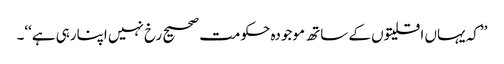
’’کہ یہاں اقلیتوں کے ساتھ موجودہ حکومت صحیح رخ نہیں اپنارہی ہے‘‘۔